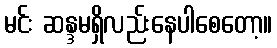
မင်း ဆန္ဒမရှိလည်းနေပါစေတော့။